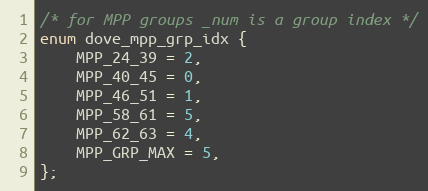
Language: C
/* for MPP groups _num is a group index */
enum dove_mpp_grp_idx {
	MPP_24_39 = 2,
	MPP_40_45 = 0,
	MPP_46_51 = 1,
	MPP_58_61 = 5,
	MPP_62_63 = 4,
	MPP_GRP_MAX = 5,
};